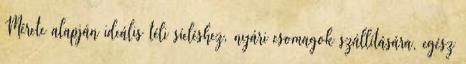
Mérete alapján ideális téli síeléshez, nyári csomagok szállítására, egész